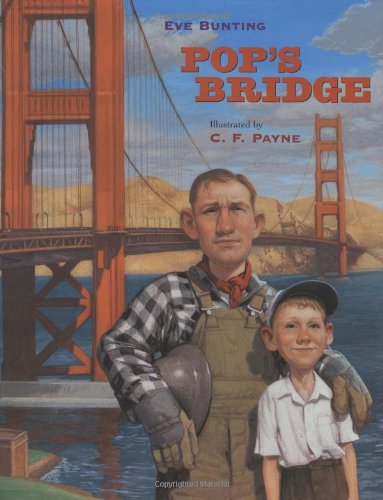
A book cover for Pop's Bridge; Eve Bunting; Children's Books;